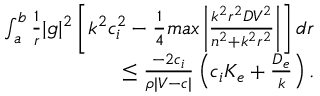
\begin{array} { r } { \int _ { a } ^ { b } \frac { 1 } { r } | g | ^ { 2 } \left[ k ^ { 2 } c _ { i } ^ { 2 } - \frac { 1 } { 4 } m a x \left| \frac { k ^ { 2 } r ^ { 2 } D V ^ { 2 } } { n ^ { 2 } + k ^ { 2 } r ^ { 2 } } \right| \right] d r } \\ { \leq \frac { - 2 c _ { i } } { \rho | V - c | } \left( c _ { i } K _ { e } + \frac { D _ { e } } { k } \right) . } \end{array}